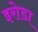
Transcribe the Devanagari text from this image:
इरोडा